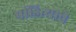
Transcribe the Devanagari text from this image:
पांडित्याचे